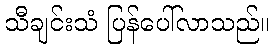
သီချင်းသံ ပြန်ပေါ်လာသည်။